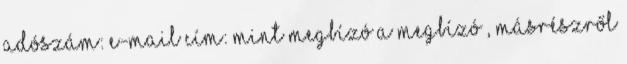
adószám: e-mail cím: mint megbízó a Megbízó , másrészről